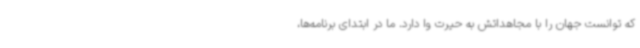
که توانست جهان را با مجاهداتش به حیرت وا دارد. ما در ابتدای برنامه‌ها،